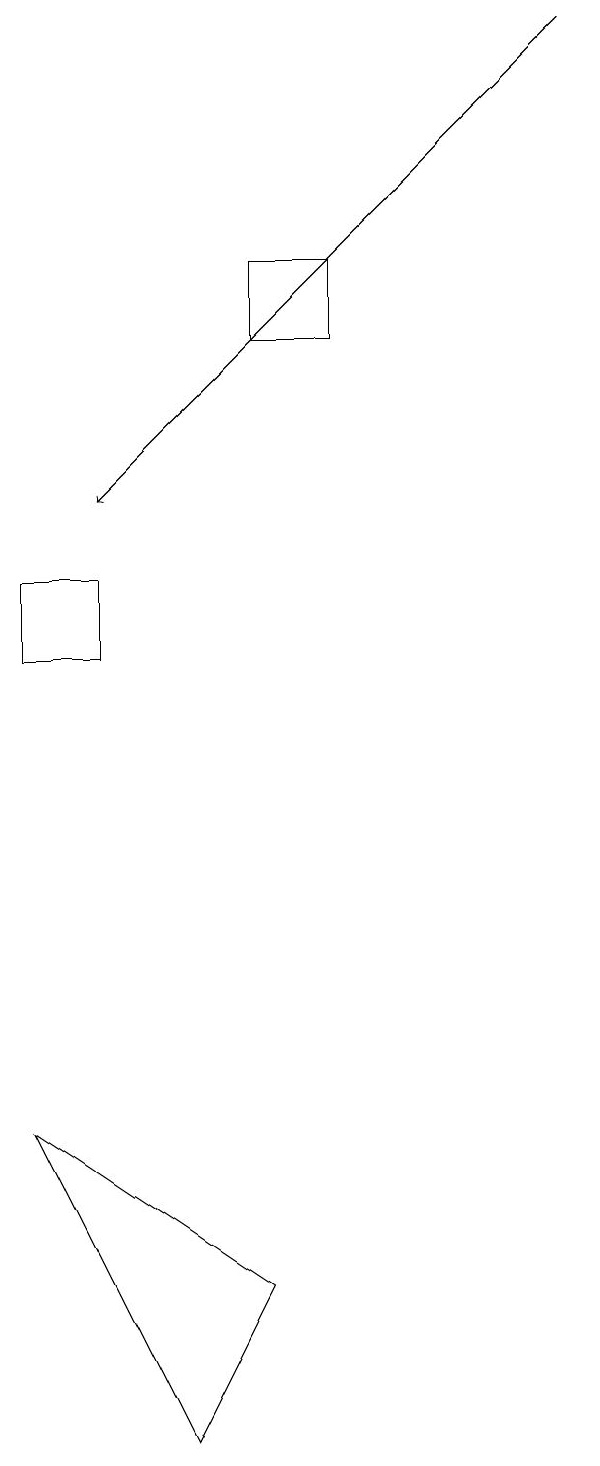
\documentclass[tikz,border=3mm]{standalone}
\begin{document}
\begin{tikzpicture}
\draw (2,0) -- (3,2) -- (0,4) -- cycle;
\draw (3,14) rectangle (4,15);
\draw[->] (7,18) -- (1,12);
\draw (0,11) rectangle (1,10);
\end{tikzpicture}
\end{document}